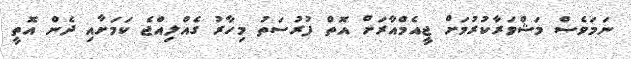
ނަމަވެސް މަޝްވަރާކުރުމަށް ޖީއެމްއާރަށް އޮތް ފުރުސަތު މިހާރު ގެއްލިއްޖެ ކަމަށާއި ދެން އޮތީ